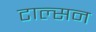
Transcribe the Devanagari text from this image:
टाल्सन